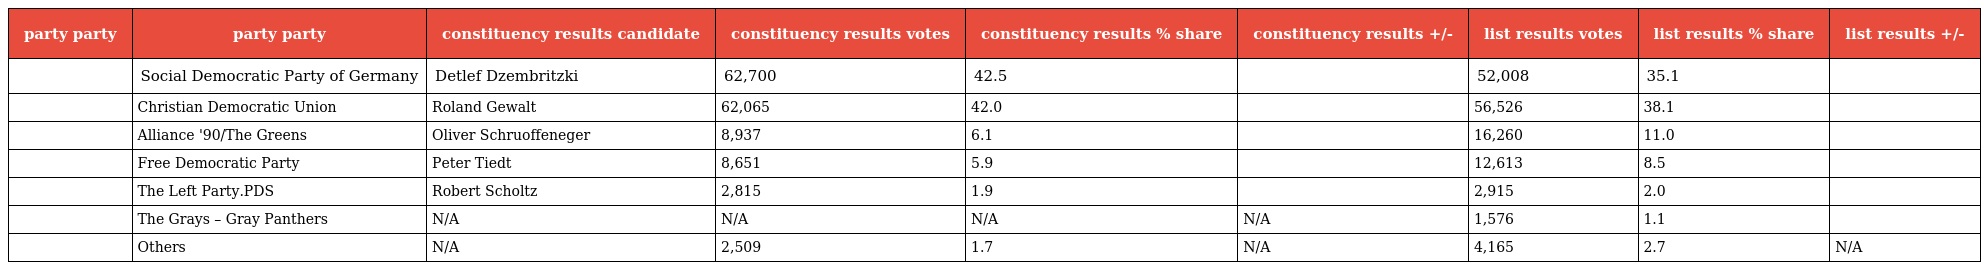
| party party | party party | constituency results candidate | constituency results votes | constituency results % share | constituency results +/- | list results votes | list results % share | list results +/- |
 | --- | --- | --- | --- | --- | --- | --- | --- | --- |
 |  | Social Democratic Party of Germany | Detlef Dzembritzki | 62,700 | 42.5 |  | 52,008 | 35.1 |  |
 |  | Christian Democratic Union | Roland Gewalt | 62,065 | 42.0 |  | 56,526 | 38.1 |  |
 |  | Alliance '90/The Greens | Oliver Schruoffeneger | 8,937 | 6.1 |  | 16,260 | 11.0 |  |
 |  | Free Democratic Party | Peter Tiedt | 8,651 | 5.9 |  | 12,613 | 8.5 |  |
 |  | The Left Party.PDS | Robert Scholtz | 2,815 | 1.9 |  | 2,915 | 2.0 |  |
 |  | The Grays – Gray Panthers | N/A | N/A | N/A | N/A | 1,576 | 1.1 |  |
 |  | Others | N/A | 2,509 | 1.7 | N/A | 4,165 | 2.7 | N/A |